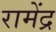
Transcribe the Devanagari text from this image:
रामेंद्र